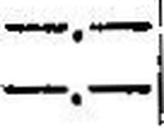
—.—